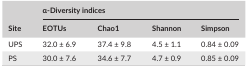
<table><thead><tr><td rowspan="2"><b>Site</b></td><td colspan="4"><b>α‐Diversity indices</b></td></tr><tr><td><b>EOTUs</b></td><td><b>Chao1</b></td><td><b>Shannon</b></td><td><b>Simpson</b></td></tr></thead><tbody><tr><td>UPS</td><td>32.0 ± 6.9</td><td>37.4 ± 9.8</td><td>4.5 ± 1.1</td><td>0.84 ± 0.09</td></tr><tr><td>PS</td><td>30.0 ± 7.6</td><td>34.6 ± 7.7</td><td>4.7 ± 0.9</td><td>0.85 ± 0.09</td></tr></tbody></table>